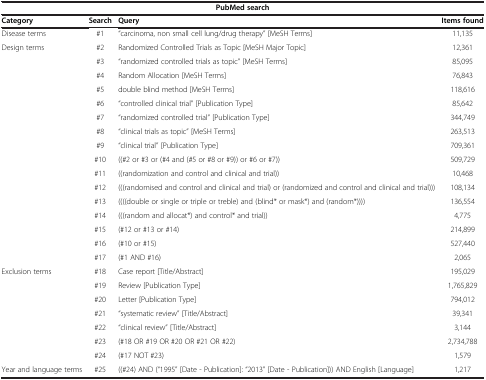
<table><thead><tr><td colspan="4"><b>PubMed search</b></td></tr><tr><td><b>Category</b></td><td><b>Search</b></td><td><b>Query</b></td><td><b>Items found</b></td></tr></thead><tbody><tr><td>Disease terms</td><td>#1</td><td>&quot;carcinoma, non small cell lung/drug therapy&quot; [MeSH Terms]</td><td>11,135</td></tr><tr><td>Design terms</td><td>#2</td><td>Randomized Controlled Trials as Topic [MeSH Major Topic]</td><td>12,361</td></tr><tr><td> </td><td>#3</td><td>&quot;randomized controlled trials as topic&quot; [MeSH Terms]</td><td>85,095</td></tr><tr><td> </td><td>#4</td><td>Random Allocation [MeSH Terms]</td><td>76,843</td></tr><tr><td> </td><td>#5</td><td>double blind method [MeSH Terms]</td><td>118,616</td></tr><tr><td> </td><td>#6</td><td>&quot;controlled clinical trial&quot; [Publication Type]</td><td>85,642</td></tr><tr><td> </td><td>#7</td><td>&quot;randomized controlled trial&quot; [Publication Type]</td><td>344,749</td></tr><tr><td> </td><td>#8</td><td>&quot;clinical trials as topic&quot; [MeSH Terms]</td><td>263,513</td></tr><tr><td> </td><td>#9</td><td>&quot;clinical trial&quot; [Publication Type]</td><td>709,361</td></tr><tr><td> </td><td>#10</td><td>((#2 or #3 or (#4 and (#5 or #8 or #9)) or #6 or #7))</td><td>509,729</td></tr><tr><td> </td><td>#11</td><td>((randomization and control and clinical and trial))</td><td>10,468</td></tr><tr><td> </td><td>#12</td><td>(((randomised and control and clinical and trial) or (randomized and control and clinical and trial)))</td><td>108,134</td></tr><tr><td> </td><td>#13</td><td>((((double or single or triple or treble) and (blind* or mask*) and (random*))))</td><td>136,554</td></tr><tr><td> </td><td>#14</td><td>(((random and allocat*) and control* and trial))</td><td>4,775</td></tr><tr><td> </td><td>#15</td><td>(#12 or #13 or #14)</td><td>214,899</td></tr><tr><td> </td><td>#16</td><td>(#10 or #15)</td><td>527,440</td></tr><tr><td> </td><td>#17</td><td>(#1 AND #16)</td><td>2,065</td></tr><tr><td>Exclusion terms</td><td>#18</td><td>Case report [Title/Abstract]</td><td>195,029</td></tr><tr><td> </td><td>#19</td><td>Review [Publication Type]</td><td>1,765,829</td></tr><tr><td> </td><td>#20</td><td>Letter [Publication Type]</td><td>794,012</td></tr><tr><td> </td><td>#21</td><td>&quot;systematic review&quot; [Title/Abstract]</td><td>39,341</td></tr><tr><td> </td><td>#22</td><td>&quot;clinical review&quot; [Title/Abstract]</td><td>3,144</td></tr><tr><td> </td><td>#23</td><td>(#18 OR #19 OR #20 OR #21 OR #22)</td><td>2,734,788</td></tr><tr><td> </td><td>#24</td><td>(#17 NOT #23)</td><td>1,579</td></tr><tr><td>Year and language terms</td><td>#25</td><td>((#24) AND (&quot;1995&quot; [Date - Publication]: &quot;2013&quot; [Date - Publication])) AND English [Language]</td><td>1,217</td></tr></tbody></table>